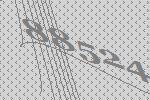
88524